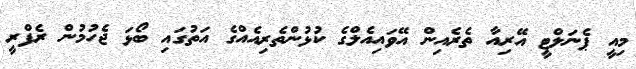
މިއީ ޕެނަލްޓީ އޭރިއާ ތެރެއިން އޭވައިއެލްގެ ކުޅުންތެރިއެއްގެ އަތުގައި ބޯޅަ ޖެހުމުން ރެފްރީ